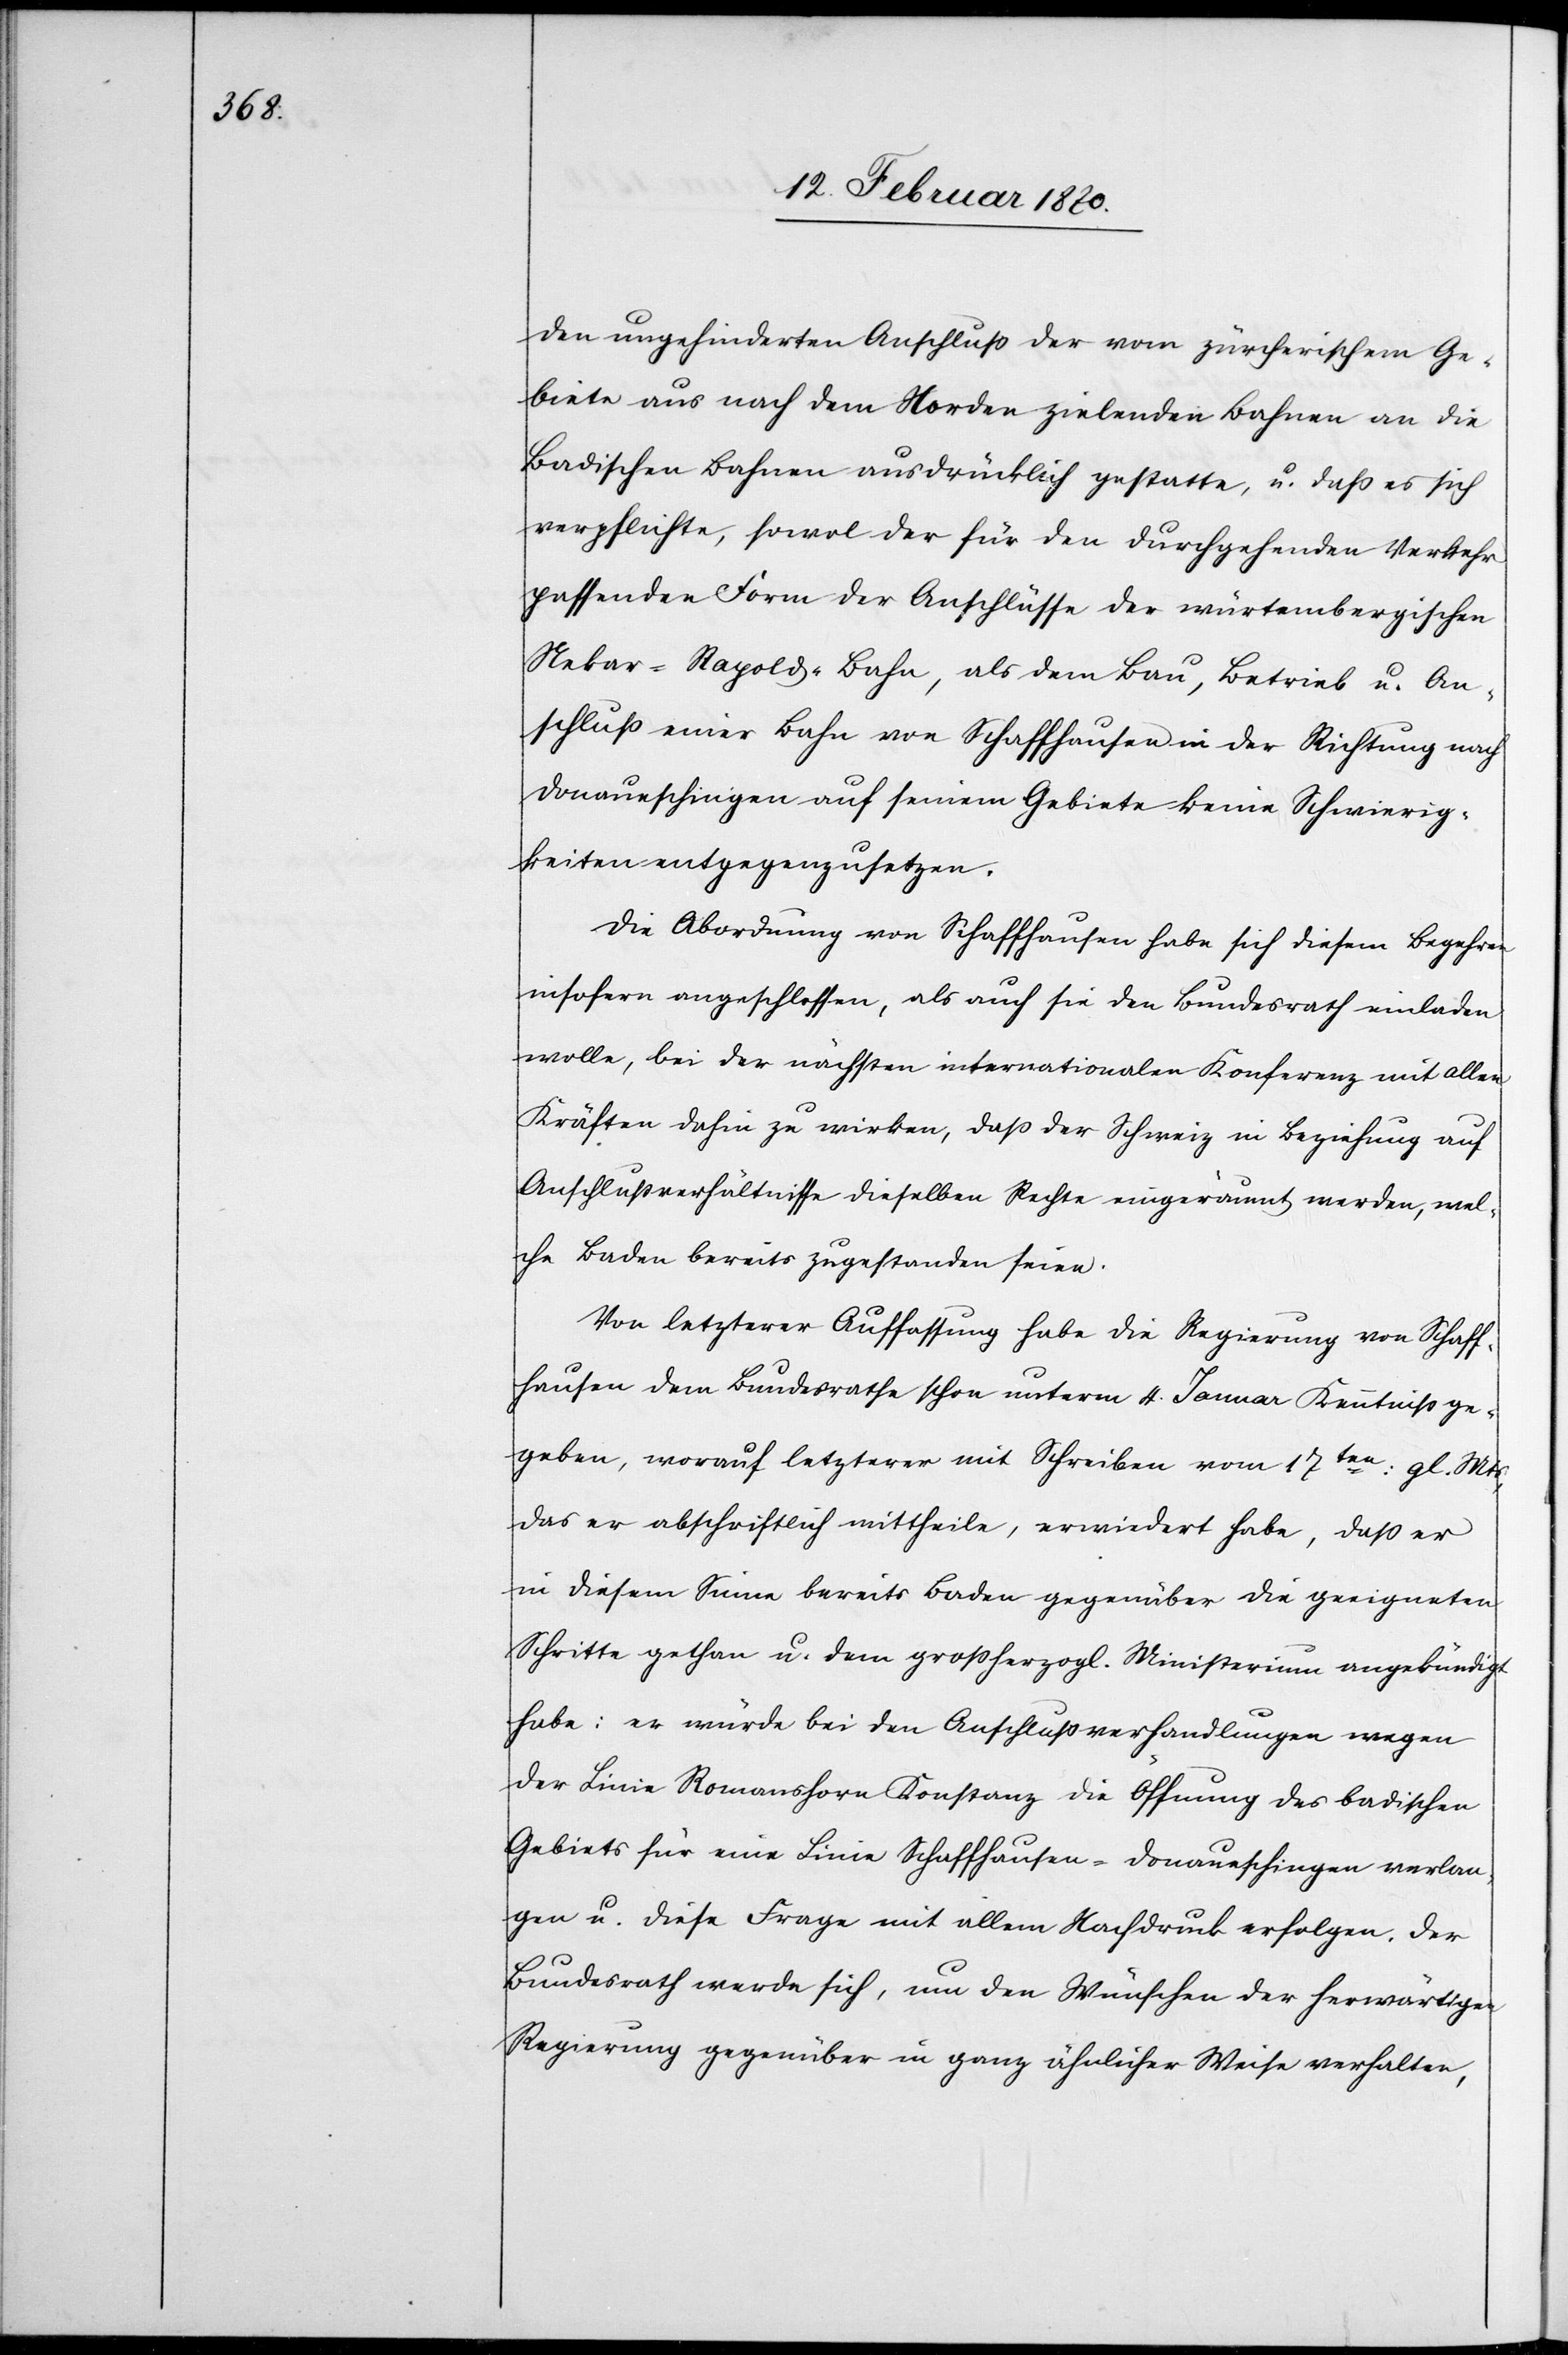
ungehinderten Anschluss der vom zürcherischem Ge¬
biete aus nach dem Norden zielenden Bahnen an die
Badischen Bahnen ausdrücklich gestatte, u. daß es sich
verpflichte, sowol der für den durchgehenden Verkehr
passenden Form der Anschlüsse der würtembergischen
Nekar-Ragold-Bahn, als dem Bau, Betrieb u. An¬
schluss einer Bahn von Schaffhausen in der Richtung nach
Donaueschingen auf seinem Gebiete keine Schwierig¬
keiten entgegenzusetzen.
Die Abordnung von Schaffhausen habe sich diesem Begehren
insofern angeschlossen, als auch sie den Bundesrath einladen
wolle, bei der nächsten internationalen Konferenz mit allen
Kräften dahin zu wirken, dass der Schweiz in Beziehung auf
Anschlussverhältnisse dieselben Rechte eingeräumt werden, wel¬
che Baden bereits zugestanden seien.
Von letzterer Auffassung habe die Regierung von Schaff¬
hausen dem Bundesrathe schon unterm 4. Januar Kenntniss ge¬
geben, worauf letzterer mit Schreiben vom 17ten: gl. Mts,
das er abschriftlich mittheile, erwiedert habe, dass er
in diesem Sinne bereits Baden gegenüber die geeigneten
Schritte gethan u. dem grossherzogl. Ministerium angekündigt
habe: er würde bei den Anschlussverhandlungen wegen
der Linie Romanshorn[–]Konstanz die Öffnung des badischen
Gebiets für eine Linie Schaffhausen–Donaueschingen verlan¬
gen u. diese Frage mit allem Nachdruck erfolgen. Der
Bundesrath werde sich, um den Wünschen der herwärtigen
Regierung gegenüber in ganz ähnlicher Weise verhalten,